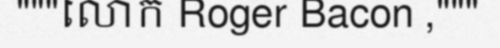
"""លោក Roger Bacon ,"""